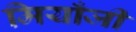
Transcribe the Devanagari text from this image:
मियाँजी